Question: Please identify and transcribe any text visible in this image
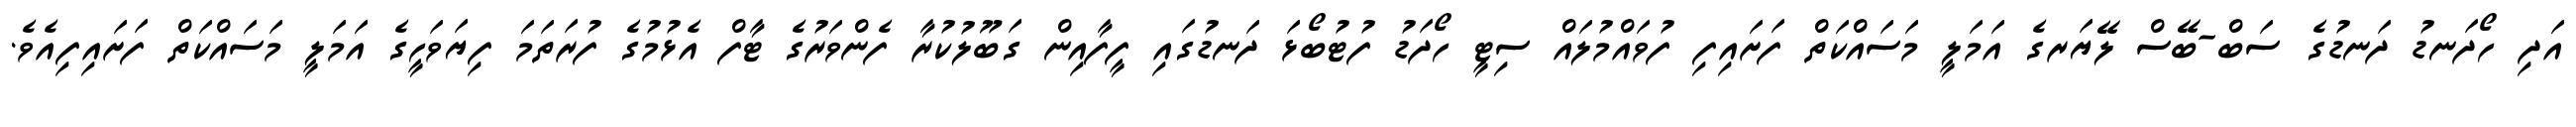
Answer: އަދި ހޯދަނޑު ދަނޑުގެ ސަބް-ބޭސް ލޭޔަރގެ އަމަލީ މަސައްކަތް ފަށައިފި ފުވައްމުލައް ސިޓީ ހޯދަޑު ފުޓުބޯޅަ ދަނޑުގައި ފީފާއިން ގަބޫލުކުރާ ފެންވަރުގެ ޓާފް އެޅުމުގެ ފުރަތަމަ ފިޔަވަހީގެ އަމަލީ މަސައްކަތް ފަށައިފިއެވެ.